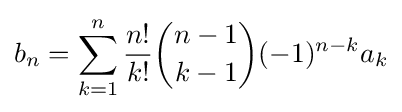
b_{n}=\sum _{k=1}^{n}{\frac {n!}{k!}}{\binom {n-1}{k-1}}(-1)^{n-k}a_{k}